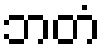
ဘတံ